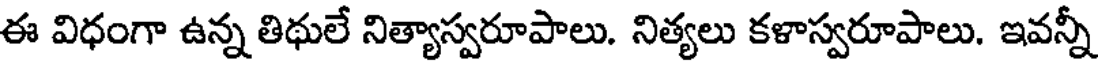
ఈ విధంగా ఉన్న తిథులే నిత్యాస్వరూపాలు. నిత్యలు కళాస్వరూపాలు. ఇవన్నీ